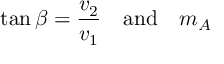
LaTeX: \tan \beta = { \frac { v _ { 2 } } { v _ { 1 } } } \quad \mathrm { a n d } \quad m _ { A }